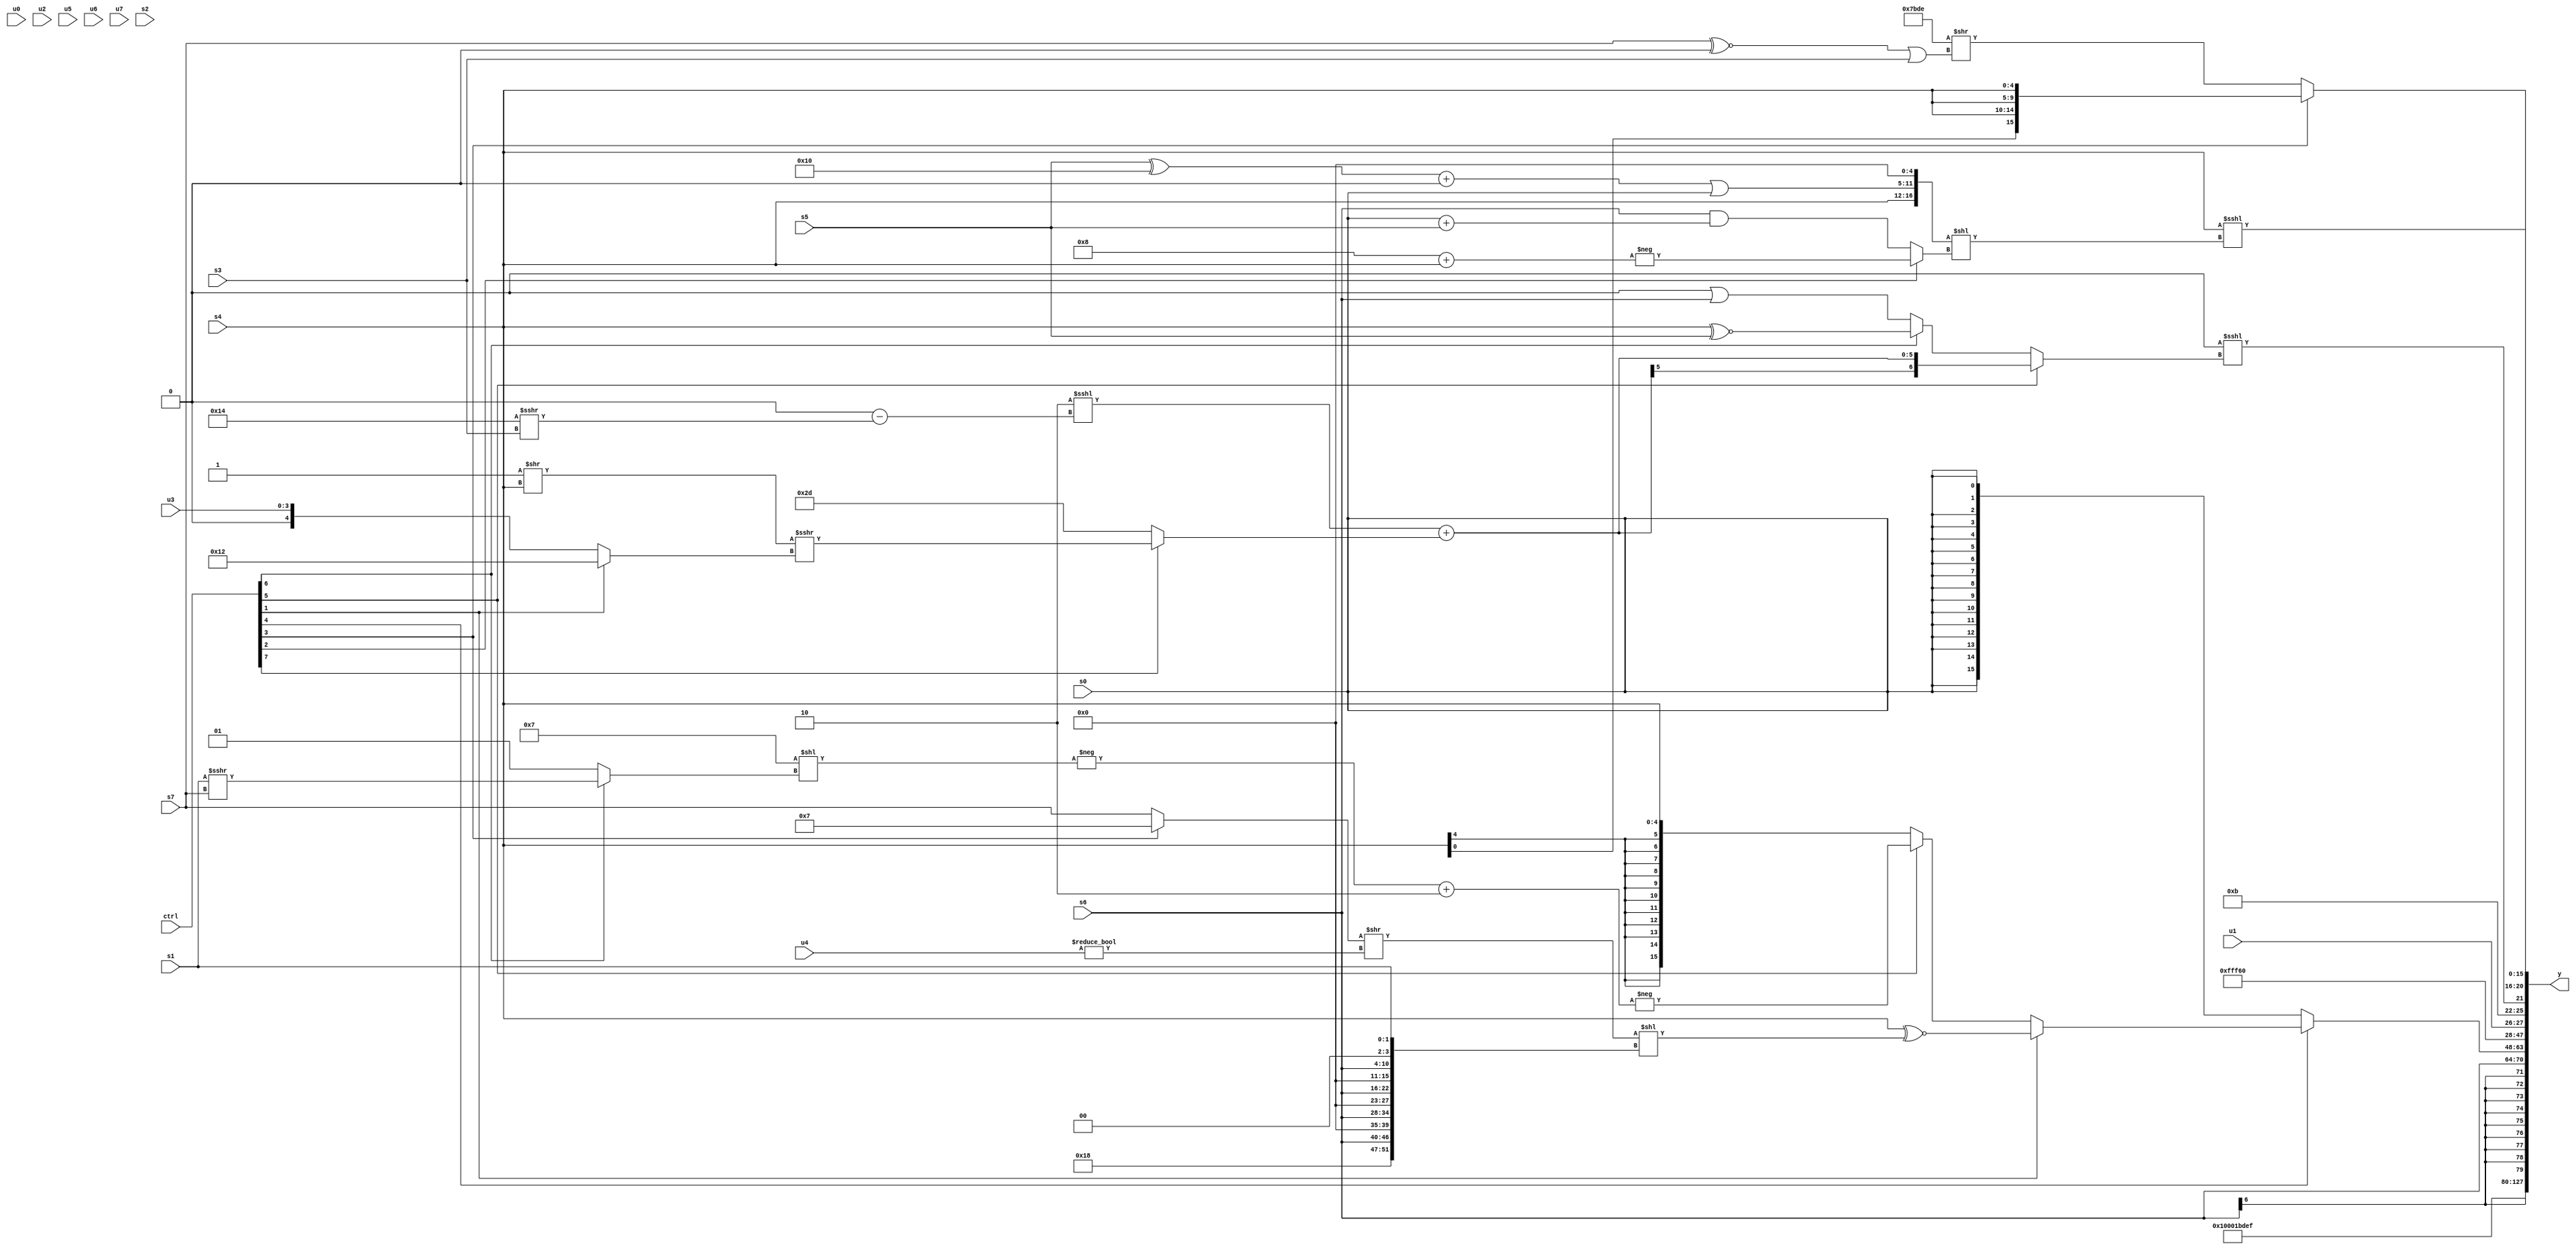
module wideexpr_00531(ctrl, u0, u1, u2, u3, u4, u5, u6, u7, s0, s1, s2, s3, s4, s5, s6, s7, y);
  input [7:0] ctrl;
  input [0:0] u0;
  input [1:0] u1;
  input [2:0] u2;
  input [3:0] u3;
  input [4:0] u4;
  input [5:0] u5;
  input [6:0] u6;
  input [7:0] u7;
  input signed [0:0] s0;
  input signed [1:0] s1;
  input signed [2:0] s2;
  input signed [3:0] s3;
  input signed [4:0] s4;
  input signed [5:0] s5;
  input signed [6:0] s6;
  input signed [7:0] s7;
  output [127:0] y;
  wire [15:0] y0;
  wire [15:0] y1;
  wire [15:0] y2;
  wire [15:0] y3;
  wire [15:0] y4;
  wire [15:0] y5;
  wire [15:0] y6;
  wire [15:0] y7;
  assign y = {y0,y1,y2,y3,y4,y5,y6,y7};
  assign y0 = 5'sb00001;
  assign y1 = 1'b1;
  assign y2 = $signed({4{5'sb01111}});
  assign y3 = +($signed(s6));
  assign y4 = (ctrl[4]?(ctrl[1]?+((s4)^~($signed((((ctrl[3]?5'sb00111:s7))>>((1'sb0)!=(u4)))<<({{2{(1'b1)>=(3'b000)}},{4{{3'sb000,s6,2'sb00}}},s1})))):(ctrl[5]?-((-((6'sb000111)<<((ctrl[6]?(s1)>>>(s7):$signed(2'sb01)))))+(3'sb110)):s4)):$signed(s0));
  assign y5 = $signed(5'sb10110);
  assign y6 = {$unsigned(u1),$signed({4'b1011}),(~|(5'sb01000))<<<((ctrl[5]?$signed(((+($signed($signed(4'sb1110))))<<<(($signed($unsigned(1'sb0)))-(($signed(5'sb10100))>>>($signed(s3)))))+((ctrl[7]?(+((1'sb1)>>(s4)))>>>($signed((ctrl[1]?5'sb10010:u3))):6'sb101101))):$signed($signed((ctrl[5]?(3'sb010)^~((4'sb0011)<<((ctrl[4]?s0:s7))):$signed((ctrl[6]?(s4)^~(s5):(1'sb0)|(s6)))))))),(s4)<<<((+(({s4,(((s5)^(5'sb10000))+((ctrl[5]?3'b000:2'b00)))|({(6'sb011001)<<<(4'sb1000),$signed(s0)}),($signed((s3)-(2'sb01)))>>($signed(6'sb001101)),1'b0})<<((ctrl[2]?-((+(4'sb1000))+(s4)):(s6)&((+(s0))+(s5))))))>>((+({{{(ctrl[2]?s0:s3),{s4,s5,s7,5'sb00110},5'sb01000,(ctrl[7]?4'b0100:u2)},(s6)>(2'sb01),5'sb00001,$signed({1{5'sb10101}})},{1{(+(2'sb10))>>>(2'sb01)}}}))<<(6'sb110111)))};
  assign y7 = (ctrl[3]?{4{s4}}:({3{{$signed(5'sb11110)}}})>>(($signed((s7)^~(1'sb0)))|($signed(s3))));
endmodule